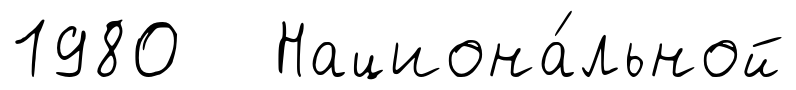
1980 Национа́льной